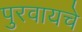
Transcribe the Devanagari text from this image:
पुरवायचे